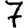
Digit: 7